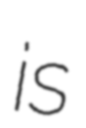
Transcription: is